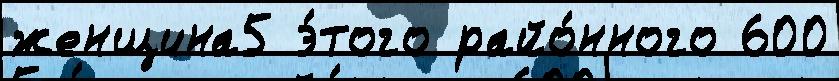
женщина5 э́того райо́нного 600